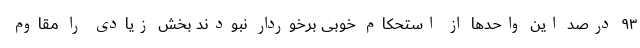
۹۳ درصد این واحدها از استحکام خوبی برخوردار نبودند بخش زیادی را مقاوم